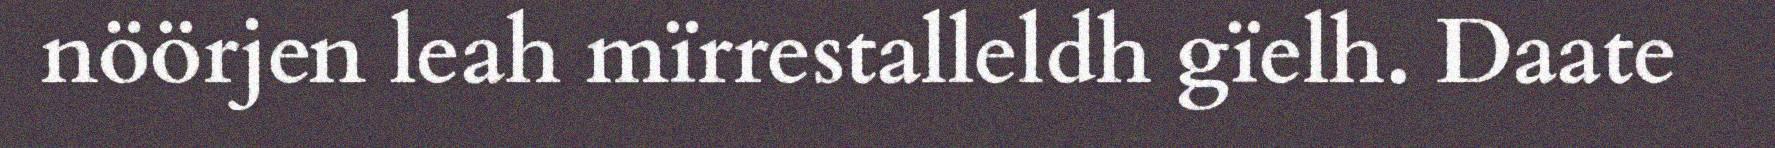
nöörjen leah mïrrestalleldh gïelh. Daate